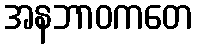
အနဘာဝကတေ